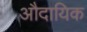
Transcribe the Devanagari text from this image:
औदायिक